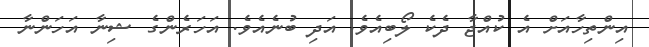
އިންތިހާއަށް އެ ކުއްޖާ ދެކެ ލޯބިއެވެ. އަދި ބުނެއެވެ. އަހަރެންގެ ޝިނާ އަހަންނާ